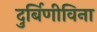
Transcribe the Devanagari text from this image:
दुर्बिणीविना